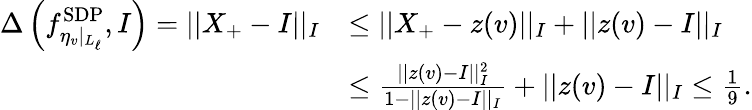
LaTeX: \begin{array}{rl}{\Delta\left(f_{\eta_{v}\vert_{L_{\ell}}}^{\mathrm{SDP}},I\right)=\vert\vert X_{+}-I\vert\vert_{I}}&{\le\vert\vert X_{+}-z(v)\vert\vert_{I}+\vert\vert z(v)-I\vert\vert_{I}}\\ &{\le\frac{\vert\vert z(v)-I\vert\vert_{I}^{2}}{1-\vert\vert z(v)-I\vert\vert_{I}}+\vert\vert z(v)-I\vert\vert_{I}\le\frac{1}{9}.}\end{array}